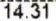
14.31